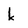
Character: k